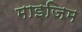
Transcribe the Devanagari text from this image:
माइजिम